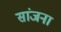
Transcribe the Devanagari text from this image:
सांजना